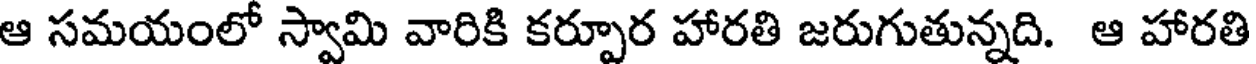
ఆ సమయంలో స్వామి వారికి కర్పూర హారతి జరుగుతున్నది. ఆ హారతి